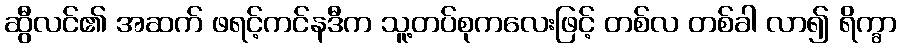
ဆွီလင်၏ အဆက် ဖရင့်ကင်နဒီက သူ့တပ်စုကလေးဖြင့် တစ်လ တစ်ခါ လာ၍ ရိက္ခာ